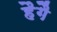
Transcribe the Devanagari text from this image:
हैगै